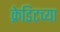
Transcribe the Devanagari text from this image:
क्रेडिटच्या